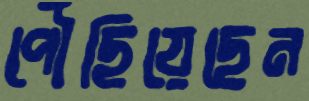
পৌঁছিয়েছেন